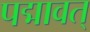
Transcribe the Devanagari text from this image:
पद्मावत्